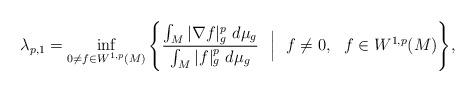
LaTeX: \begin{align*} \lambda_{p,1} = \inf_{0\neq f \in W^{1, p}(M) }\Bigg\{ \frac{\int_M | \nabla f |_g^p \ d \mu_g}{\int_M | f|^p_g \ d\mu_g} \ \ \Big| \ \ f \neq 0, \ \ f \in W^{1, p}(M) \Bigg\}, \end{align*}